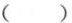
( )